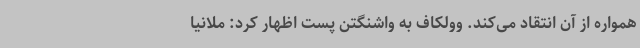
همواره از آن انتقاد می‌کند. وولکاف به واشنگتن پست اظهار کرد: ملانیا